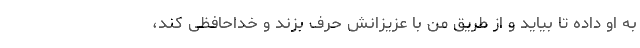
به او داده تا بیاید و از طریق من با عزیزانش حرف بزند و خداحافظی کند،